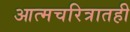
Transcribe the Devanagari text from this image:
आत्मचरित्रातही